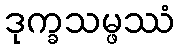
ဒုက္ခသမ္ဖဿံ